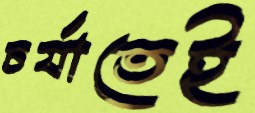
চর্যাতেই